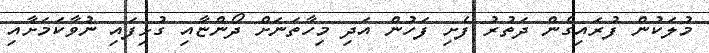
މުލަކުން ފުރައިގެން ދަތުރު ފެށި ފަހުން އަދި މިހާތަނަށް ދޯންޏާއި ގުޅިފައި ނުވާކަމަށާއި